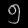
Digit: ၅